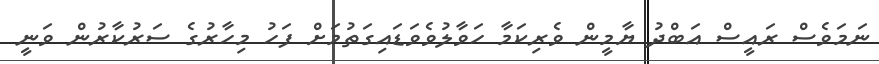
ނަމަވެސް ރައީސް އަބްދު ޔާމީން ވެރިކަމާ ހަވާލުވެވަޑައިގަތުމަށް ފަހު މިހާރުގެ ސަރުކާރުން ވަނީ